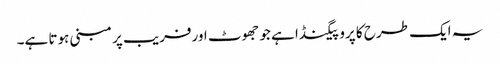
یہ ایک طرح کا پروپیگنڈا ہے جو جھوٹ اورفریب پر مبنی ہوتا ہے۔